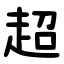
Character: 超